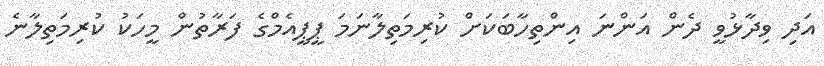
އަދި ވިދާޅުވީ ދެން އަންނަ އިންތިހާބަކަށް ކުރިމަތިލާނަމަ ޕީޕީއެމްގެ ފަރާތުން މީހަކު ކުރިމަތިލާނެ